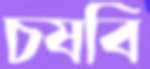
চষবি